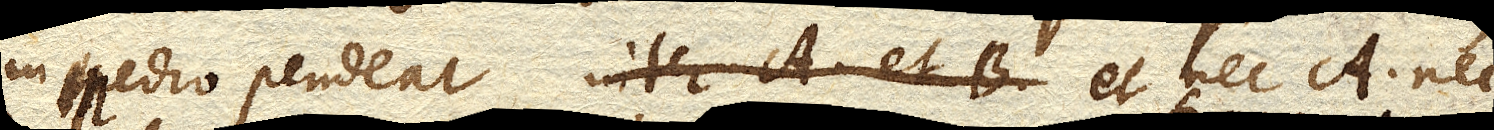
in medio pendeat inter A. et B. et nec A. nec